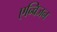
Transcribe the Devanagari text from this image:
एन्विजन